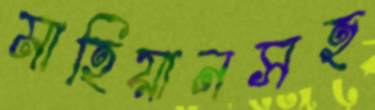
মাহিয়ানসহ